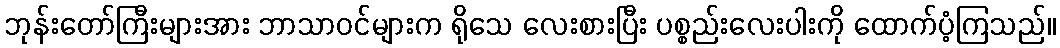
ဘုန်းတော်ကြီးများအား ဘာသာဝင်များက ရိုသေ လေးစားပြီး ပစ္စည်းလေးပါးကို ထောက်ပံ့ကြသည်။